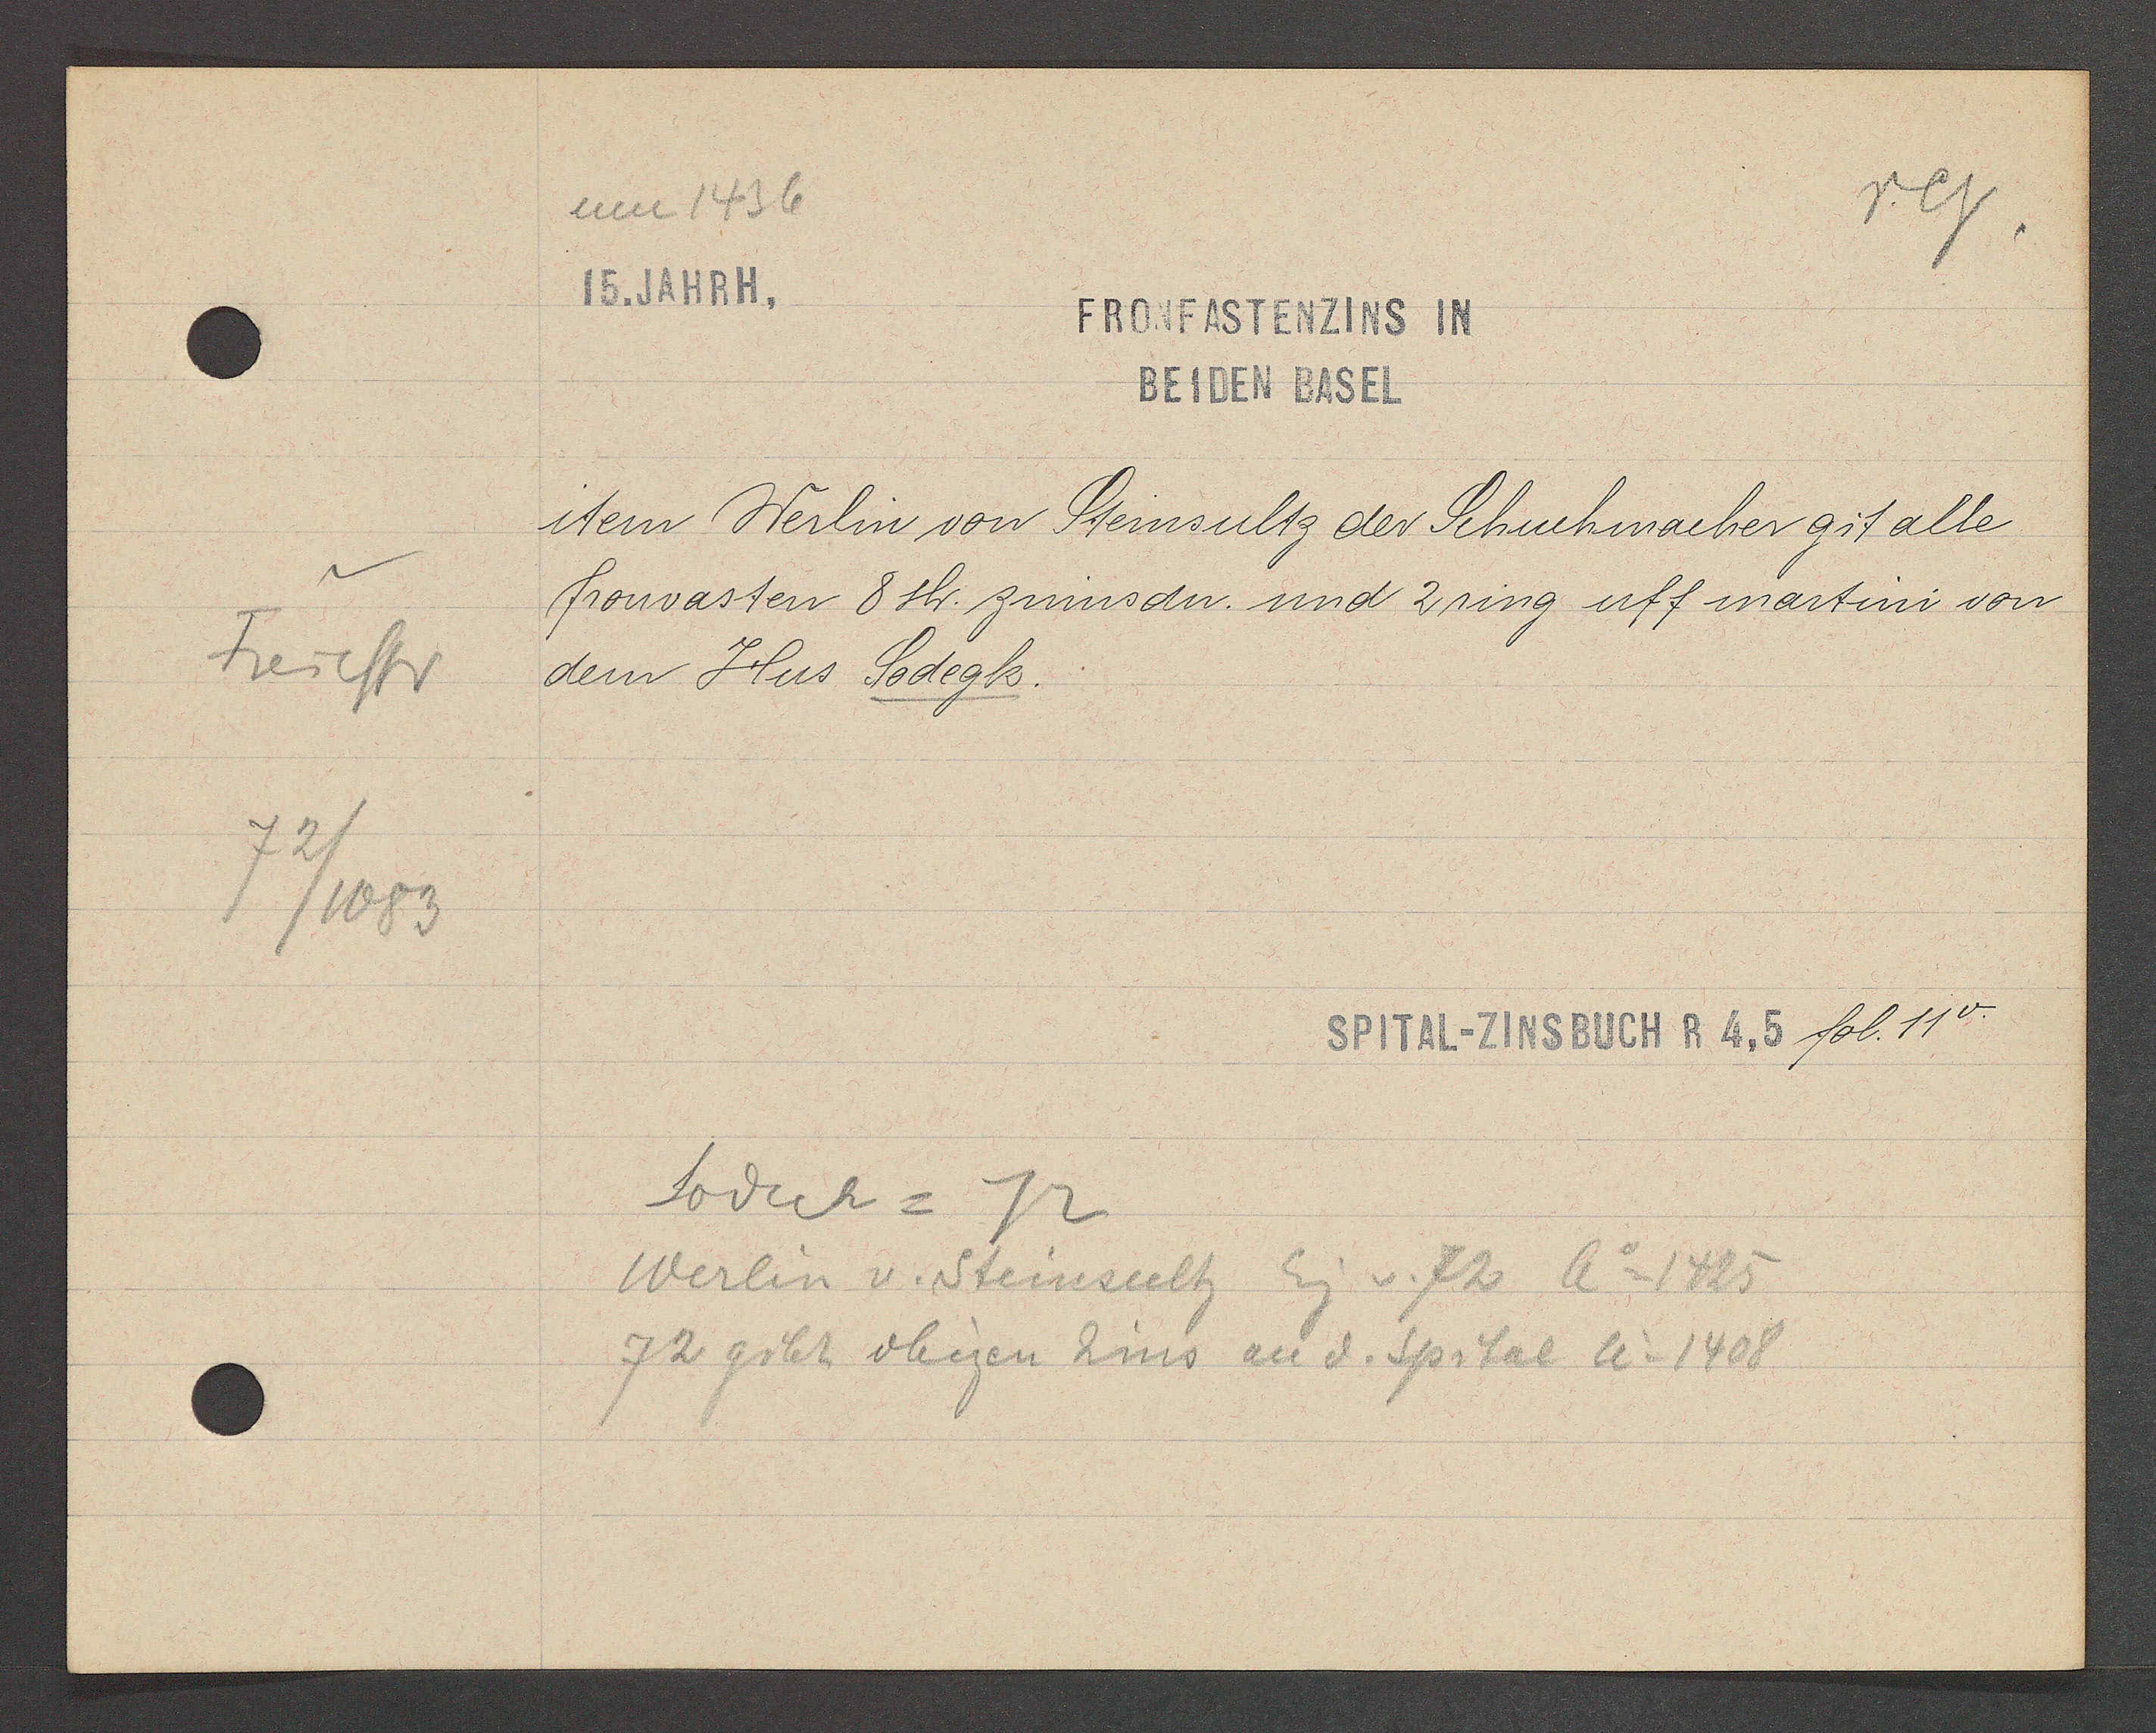
Transcript:
Freiestr
72
/1083

um 1436
15. JAHRH.

FRONFASTENZINS IN
BEIDEN BASEL

item Werlin von Steinsultz der Schuchmacher git alle
fronvasten 8 sh. zinns dn. und 2 ring uff martini von
dem Hus Sodegk.

SPITAL-ZINSBUCH R 4, 5 fol. 11v.

Sodeck = 72
Werlin v. Steinsultz Eig v. 72 Ao 1425
72 gibt obigen Zins an d. Spital Ao 1408